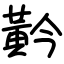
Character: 黅